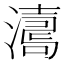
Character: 𤁟